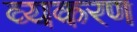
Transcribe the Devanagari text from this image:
व्यकरण